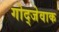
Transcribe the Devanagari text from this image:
गोद्जेवाक